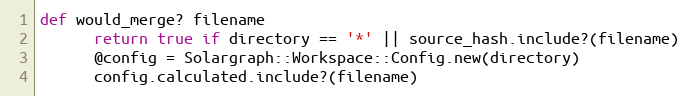
Language: Ruby
def would_merge? filename
      return true if directory == '*' || source_hash.include?(filename)
      @config = Solargraph::Workspace::Config.new(directory)
      config.calculated.include?(filename)